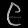
Digit: ၉